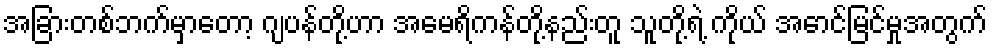
အခြားတစ်ဘက်မှာတော့ ဂျပန်တို့ဟာ အမေရိကန်တို့နည်းတူ သူတို့ရဲ့ ကိုယ် အောင်မြင်မှုအတွက်